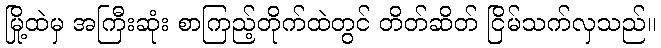
မြို့ထဲမှ အကြီးဆုံး စာကြည့်တိုက်ထဲတွင် တိတ်ဆိတ် ငြိမ်သက်လှသည်။